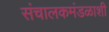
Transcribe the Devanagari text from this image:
संचालकमंडळाशी